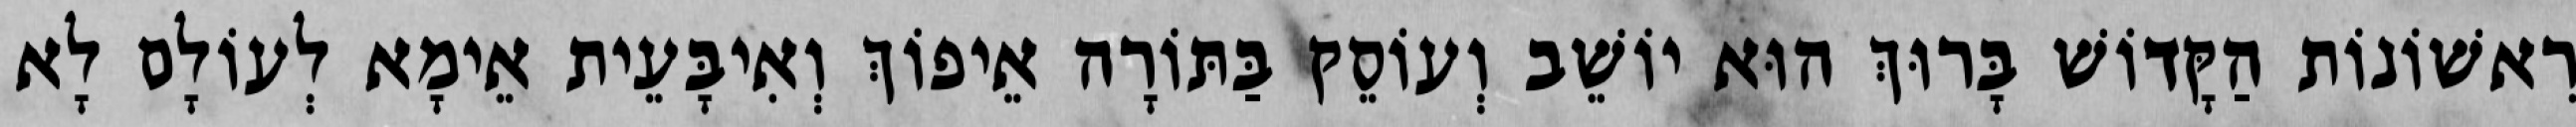
רִאשׁוֹנוֹת הַקָּדוֹשׁ בָּרוּךְ הוּא יוֹשֵׁב וְעוֹסֵק בַּתּוֹרָה אֵיפוֹךְ וְאִיבָּעֵית אֵימָא לְעוֹלָם לָא